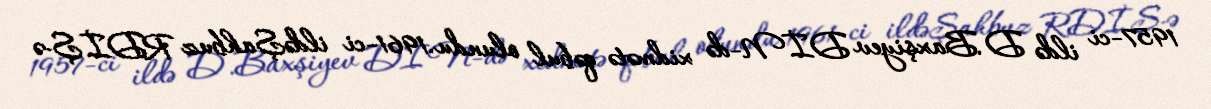
1957-ci ildə D.Baxşiyev DİN-də xidmətə qəbul olundu.1961-ci ildəŞahbuz RDİŞ-ə